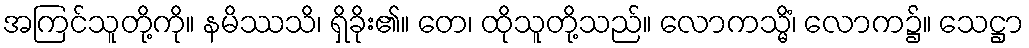
အကြင်သူတို့ကို။ နမိဿသိ၊ ရှိခိုး၏။ တေ၊ ထိုသူတို့သည်။ လောကသ္မိံ၊ လောက၌။ သေဋ္ဌာ